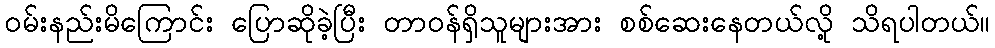
ဝမ်းနည်းမိကြောင်း ပြောဆိုခဲ့ပြီး တာဝန်ရှိသူများအား စစ်ဆေးနေတယ်လို့ သိရပါတယ်။